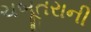
ચબૂતરાની